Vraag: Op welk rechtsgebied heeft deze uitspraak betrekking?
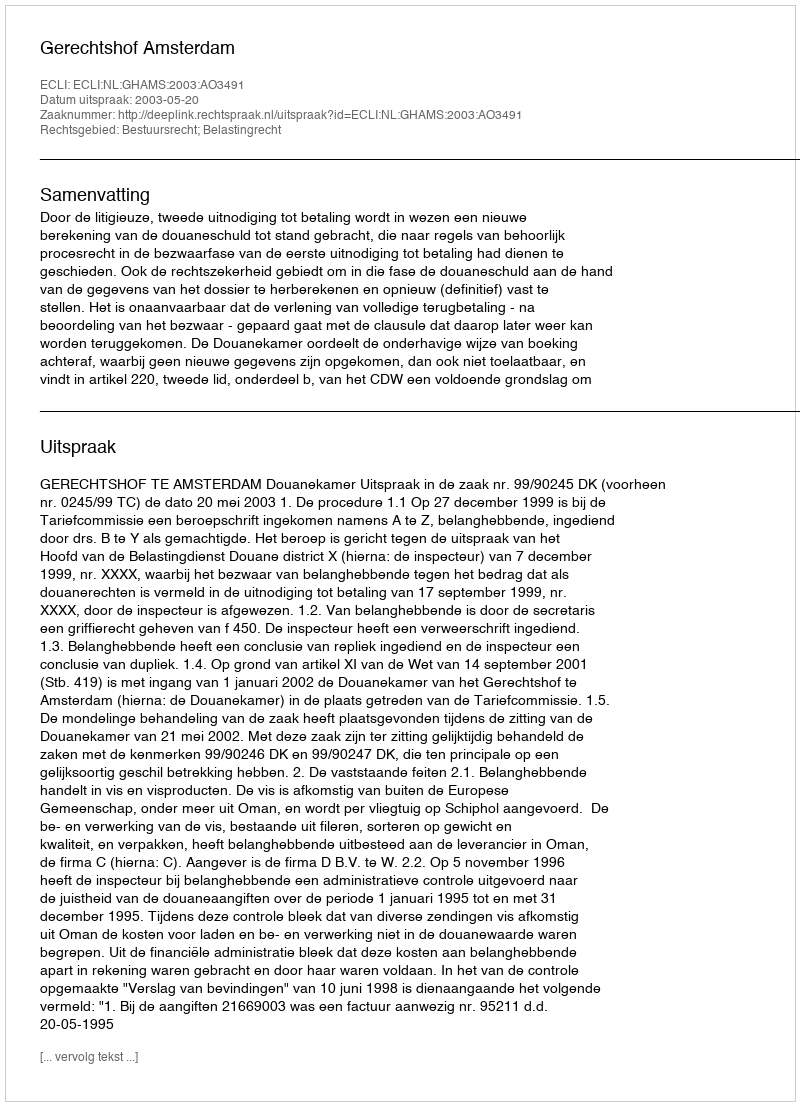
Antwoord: Bestuursrecht; Belastingrecht